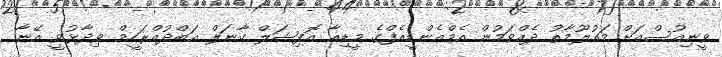
ވީނިއުސްއަށް މައުލޫމާތު ދެއްވަމުން އެމްއެންޑީއެފްގެ މީޑިއާ އޮފިޝަލް ކާނަލް އަބްދުއްރަހީމް ވިދާޅުވީ އޭނާ